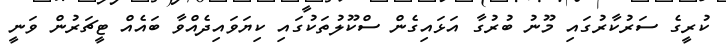
ކުރީގެ ސަރުކާރުގައި މޫނު ބުރުގާ އަޅައިގެން ސްކޫލުތަކުގައި ކިޔަވައިދެއްވާ ބައެއް ޓީޗަރުން ވަނީ